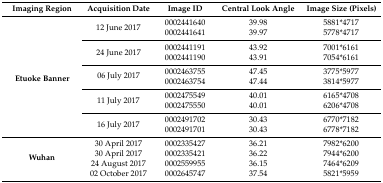
<table><thead><tr><td><b>Imaging Region</b></td><td><b>Acquisition Date</b></td><td><b>Image ID</b></td><td><b>Central Look Angle</b></td><td><b>Image Size (Pixels)</b></td></tr></thead><tbody><tr><td rowspan="10"><b>Etuoke Banner</b></td><td rowspan="2">12 June 2017</td><td>0002441640</td><td>39.98</td><td>5881*4717</td></tr><tr><td>0002441641</td><td>39.97</td><td>5778*4717</td></tr><tr><td rowspan="2">24 June 2017</td><td>0002441191</td><td>43.92</td><td>7001*6161</td></tr><tr><td>0002441190</td><td>43.91</td><td>7054*6161</td></tr><tr><td rowspan="2">06 July 2017</td><td>0002463755</td><td>47.45</td><td>3775*5977</td></tr><tr><td>0002463754</td><td>47.44</td><td>3814*5977</td></tr><tr><td rowspan="2">11 July 2017</td><td>0002475549</td><td>40.01</td><td>6165*4708</td></tr><tr><td>0002475550</td><td>40.01</td><td>6206*4708</td></tr><tr><td rowspan="2">16 July 2017</td><td>0002491702</td><td>30.43</td><td>6770*7182</td></tr><tr><td>0002491701</td><td>30.43</td><td>6778*7182</td></tr><tr><td rowspan="4"><b>Wuhan</b></td><td>30 April 2017</td><td>0002335427</td><td>36.21</td><td>7982*6200</td></tr><tr><td>30 April 2017</td><td>0002335421</td><td>36.22</td><td>7944*6200</td></tr><tr><td>24 August 2017</td><td>0002559955</td><td>36.15</td><td>7464*6209</td></tr><tr><td>02 October 2017</td><td>0002645747</td><td>37.54</td><td>5821*5959</td></tr></tbody></table>